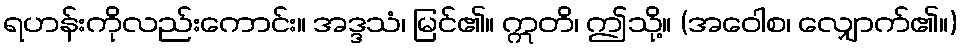
ရဟန်းကိုလည်းကောင်း။ အဒ္ဒသံ၊ မြင်၏။ ဣတိ၊ ဤသို့။ (အဝေါစ၊ လျှောက်၏။)